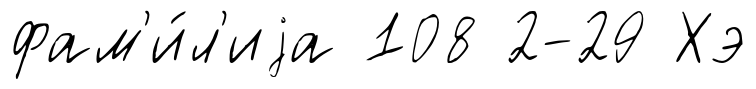
фам'и́л'иjа 108 2-29 Хэ